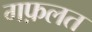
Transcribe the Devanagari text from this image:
गफ़लत